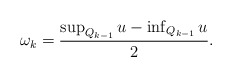
\begin{align*} \begin{aligned} {\omega}_k=\frac{\sup_{Q_{k-1}}u-\inf_{Q_{k-1}}u}{2}. \end{aligned} \end{align*}